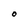
Character: O